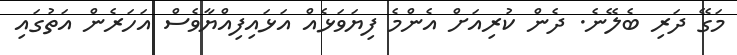
މަގޭ ދަރި ބެލޭނެ. ދެން ކުރިއަށް އެންމެ ފިޔަވަޅެއް އަޅައިފިއްޔާވެސް އަހަރެން އަތުގައި